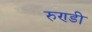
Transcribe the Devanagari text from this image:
रुण्डी